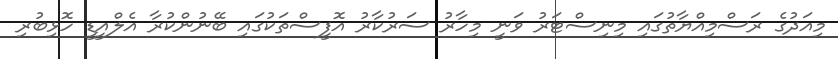
މިއަދުގެ ރަސްމިއްޔާތުގައި މިނިސްޓަރު ވަނީ މިހާރު ސަރުކާރު އޮފީސްތަކުގައި ބޭނުންކުރާ އެލްއީޑީ ހޮޅިބުރި